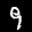
Label: 9